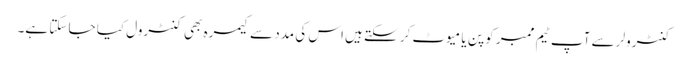
کنٹرولر سے آپ ٹیم ممبر کو پن یا میوٹ کر سکتے ہیں اس کی مدد سے کیمرہ بھی کنٹرول کیا جا سکتا ہے۔